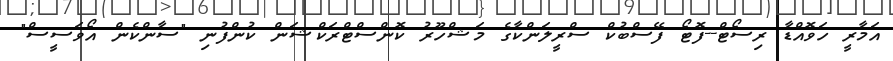
އަމާރީ ހަވޮއްޑާ ރިސޯޓް--ފޮޓޯ ފޭސްބުކް ސްރީލަންކާގެ މަޝްހޫރު ކޮންސްޓްރަކްޝަން ކުންފުނި "ސާންކެން އޯވަސީސް"